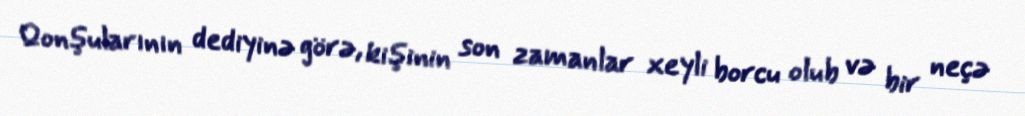
Qonşularının dediyinə görə, kişinin son zamanlar xeyli borcu olub və bir neçə